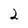
Character: 2